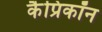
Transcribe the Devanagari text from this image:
कैप्रिकॉन